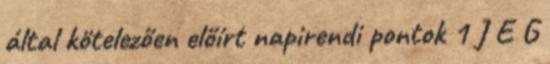
által kötelezően előírt napirendi pontok 1 J E G